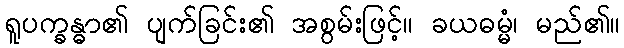
ရူပက္ခန္ဓာ၏ ပျက်ခြင်း၏ အစွမ်းဖြင့်။ ခယဓမ္မံ၊ မည်၏။